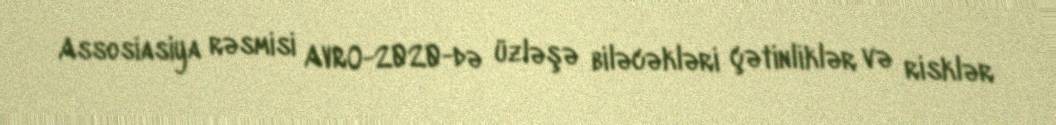
Assosiasiya rəsmisi AVRO-2020-də üzləşə biləcəkləri çətinliklər və risklər